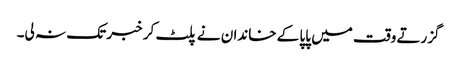
گزرتے وقت میں پاپا کے خاندان نے پلٹ کر خبر تک نہ لی۔